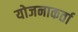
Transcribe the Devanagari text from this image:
योजनाकर्ता